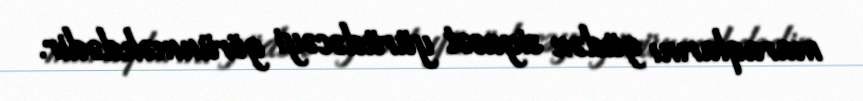
maraqlarını güdən siyasət yürüdəcəyi görünməkdədir.